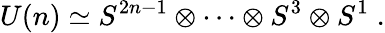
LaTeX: U(n)\simeq S^{2n-1}\otimes\cdots\otimes S^{3}\otimes S^{1}\; .